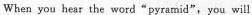
Whenyou hear the word"pyramid",you will